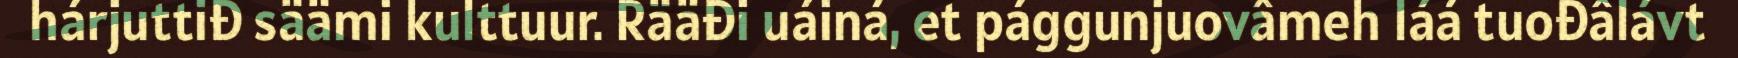
hárjuttiđ säämi kulttuur. Rääđi uáiná, et pággunjuovâmeh láá tuođâlávt